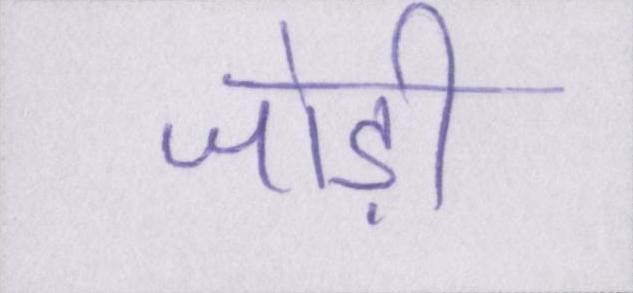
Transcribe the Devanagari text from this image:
जोड़ी